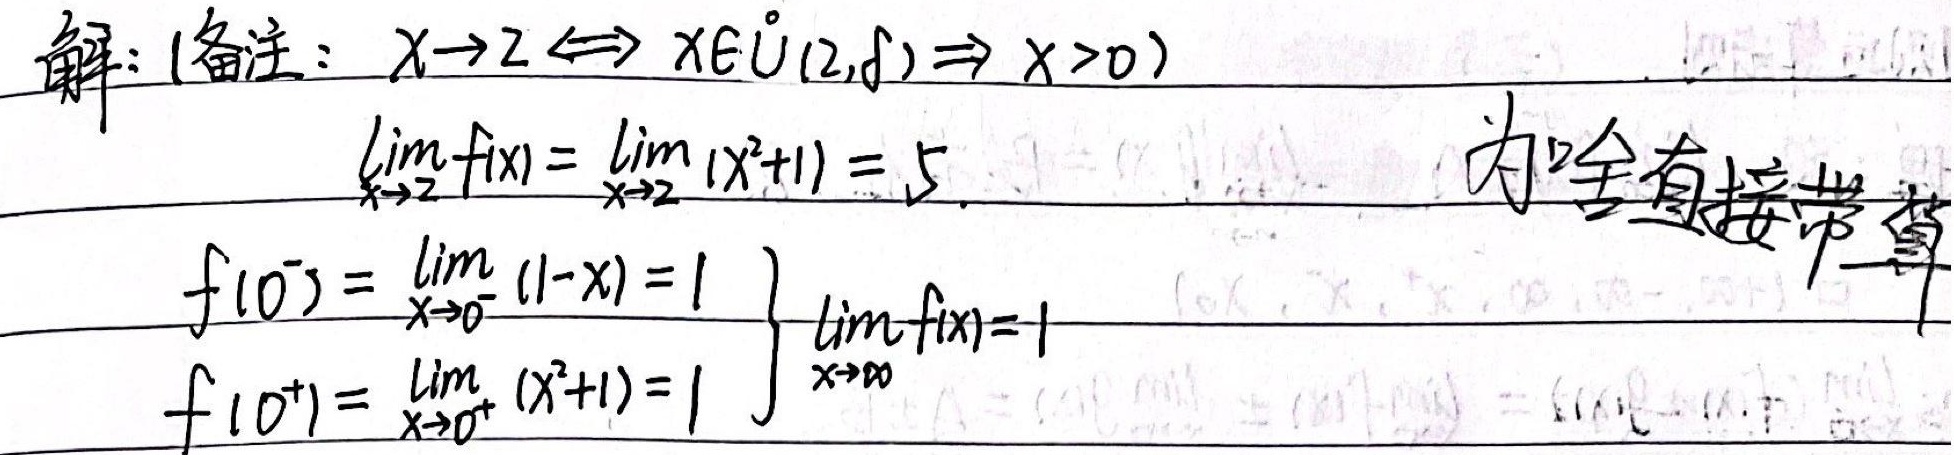
解：(备注：$x \to 2 \Leftrightarrow x \in \mathring{U}(2, \delta)\Rightarrow x > 0$)
\[\lim_{x \to 2} f(x)=\lim_{x \to 2}(x^{2}+1)=5.\]
\[
\begin{align*}
f(0^{-})&=\lim_{x \to 0^{-}}(1 - x)=1\\
f(0^{+})&=\lim_{x \to 0^{+}}(x^{2}+1)=1
\end{align*}
\left.\begin{array}{l}
\\
\end{array}\right\} \lim_{x \to 0} f(x)=1
\]
为啥直接带算